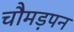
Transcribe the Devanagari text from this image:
चौमड़पन